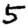
Digit: 5